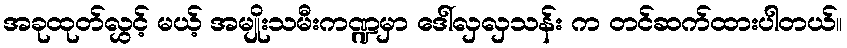
အခုထုတ်လွှင့် မယ့် အမျိုးသမီးကဏ္ဍမှာ ဒေါ်လှလှသန်း က တင်ဆက်ထားပါတယ်။